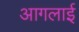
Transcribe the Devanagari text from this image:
आगलाई